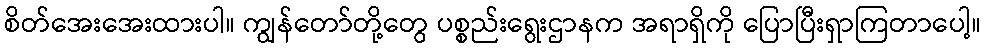
စိတ်အေးအေးထားပါ။ ကျွန်တော်တို့တွေ ပစ္စည်းရွေးဌာနက အရာရှိကို ပြောပြီးရှာကြတာပေါ့။